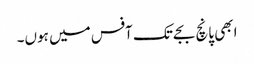
ابھی پانچ بجے تک آفس میں ہوں۔